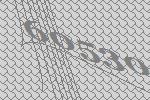
60530